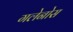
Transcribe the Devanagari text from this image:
गलेनोस